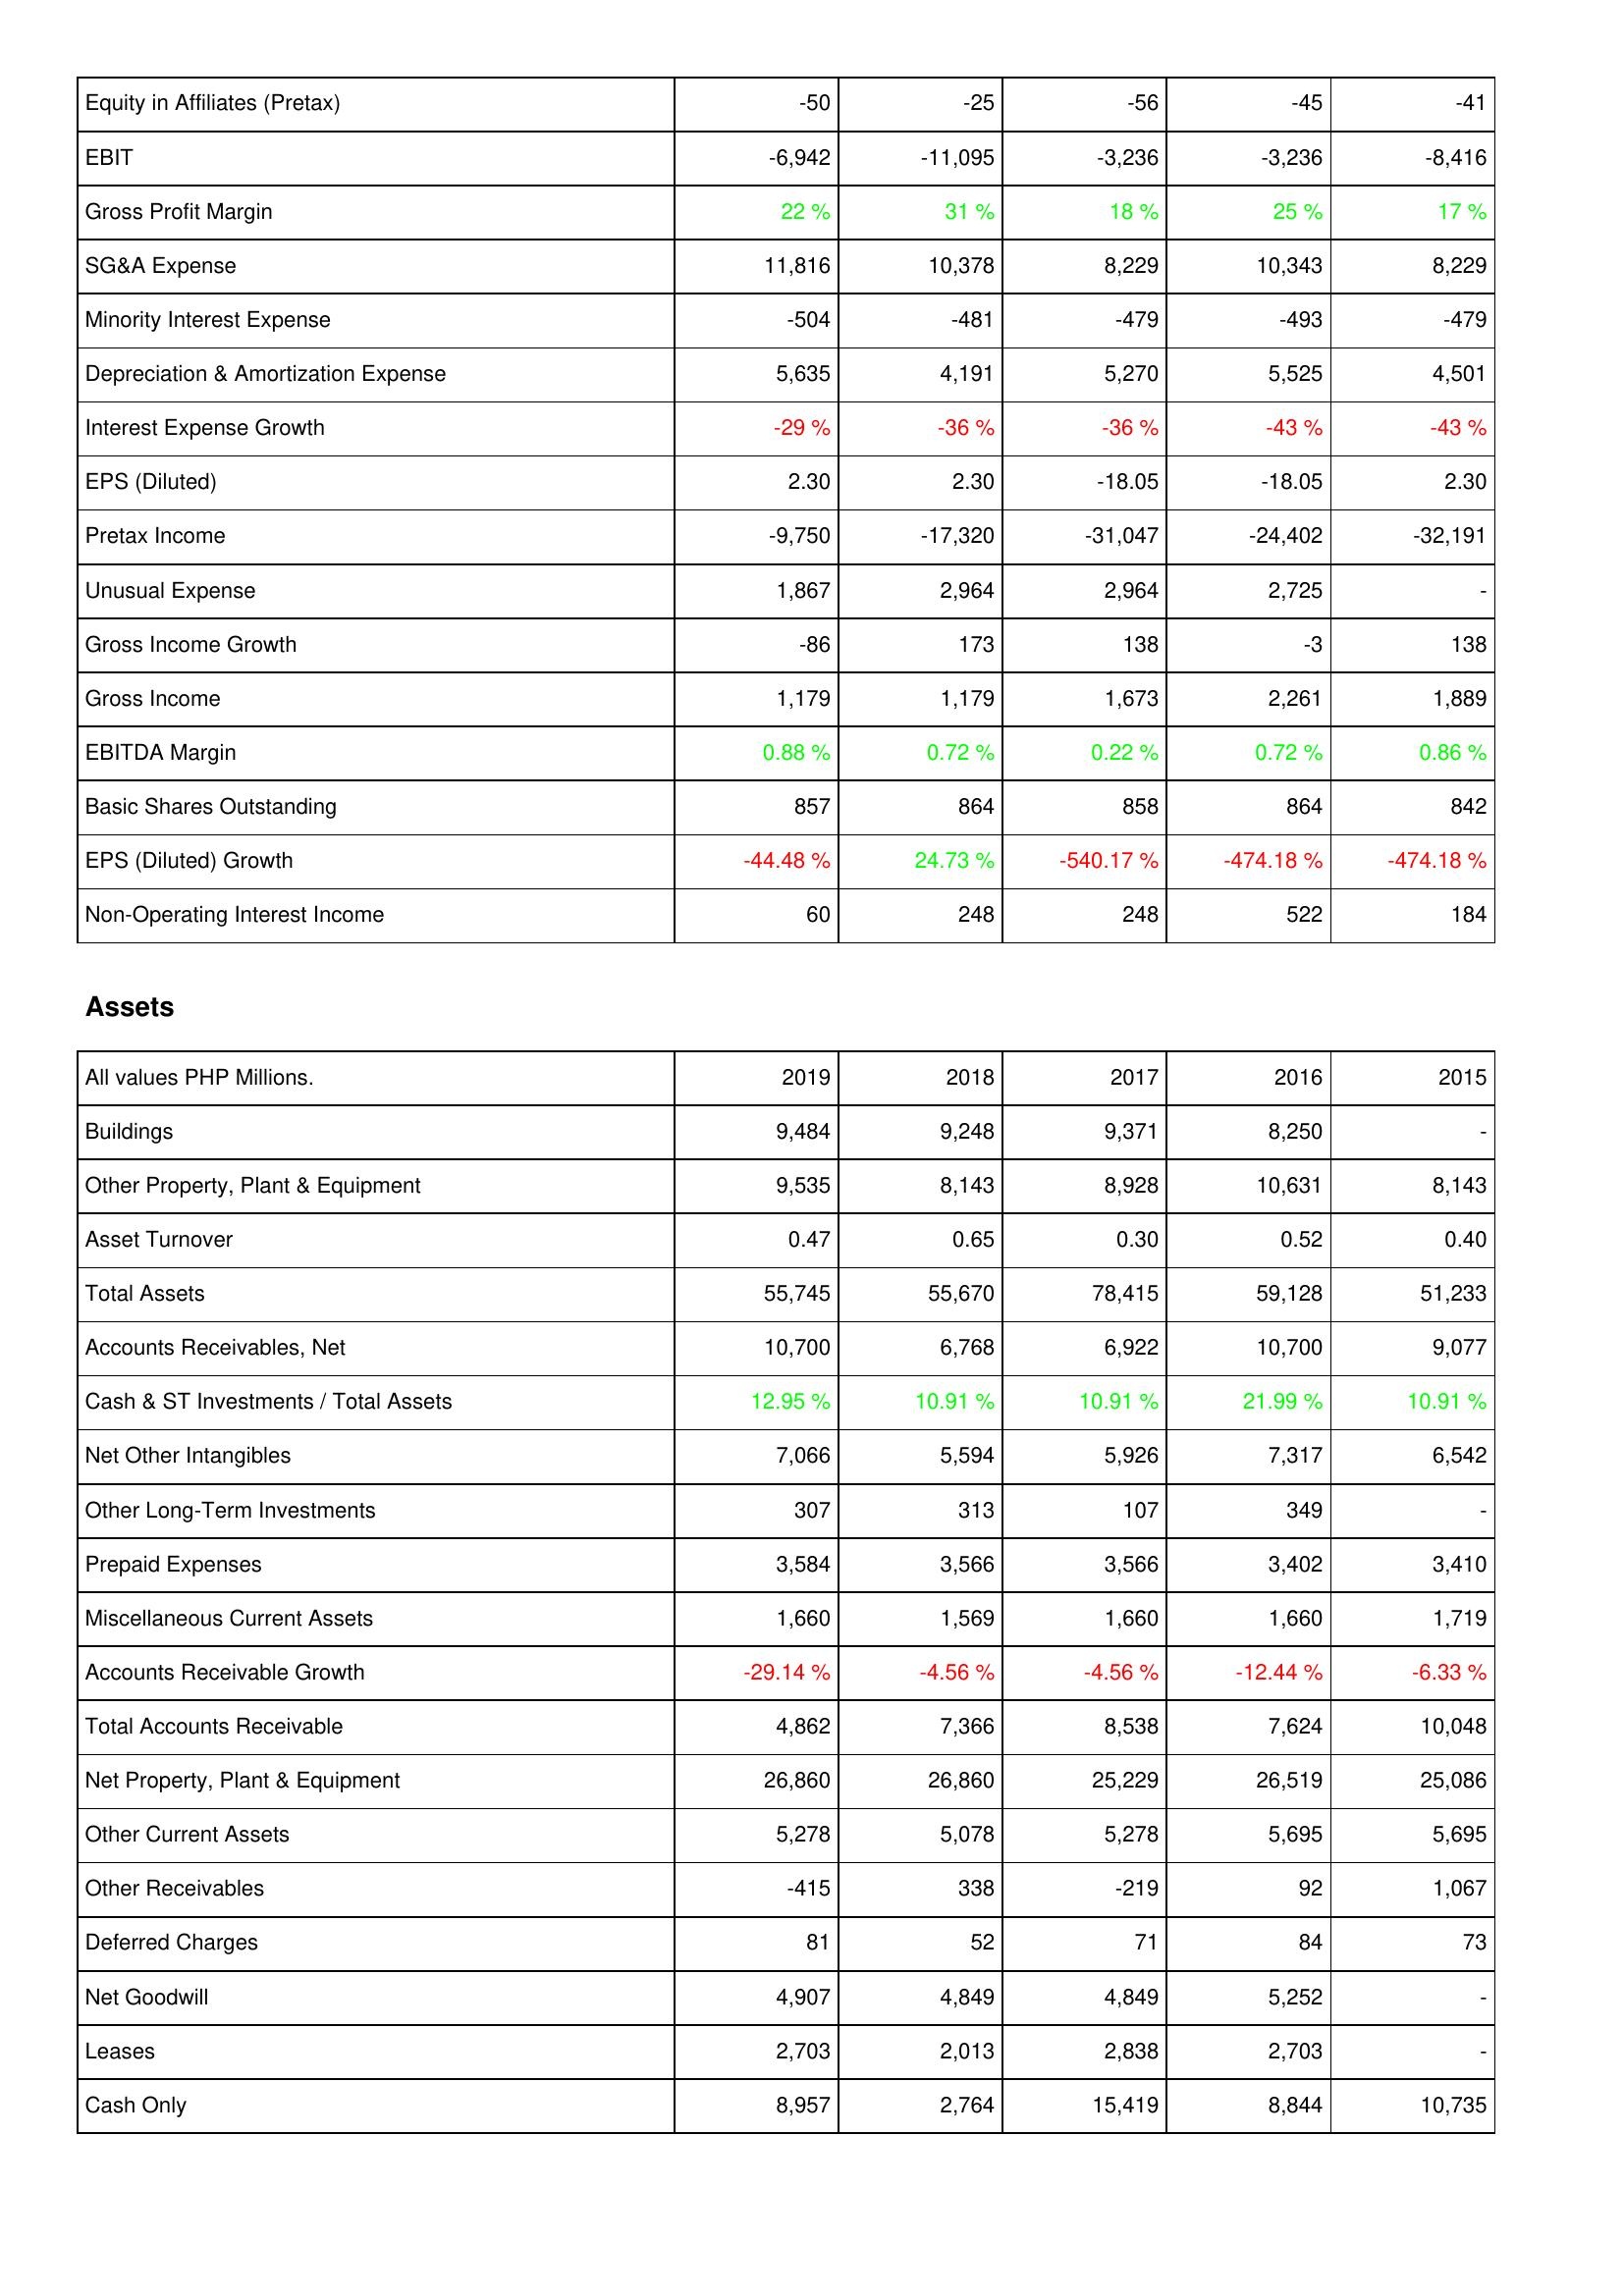
2019: Income Statement: Equity in Affiliates (Pretax): -50
EBIT: -6,942
Gross Profit Margin: 22 %
SG&A Expense: 11,816
Minority Interest Expense: -504
Depreciation & Amortization Expense: 5,635
Interest Expense Growth: -29 %
EPS (Diluted): 2.30
Pretax Income: -9,750
Unusual Expense: 1,867
Gross Income Growth: -86
Gross Income: 1,179
EBITDA Margin: 0.88 %
Basic Shares Outstanding: 857
EPS (Diluted) Growth: -44.48 %
Non-Operating Interest Income: 60
Assets: Buildings: 9,484
Other Property, Plant & Equipment: 9,535
Asset Turnover: 0.47
Total Assets: 55,745
Accounts Receivables, Net: 10,700
Cash & ST Investments / Total Assets: 12.95 %
Net Other Intangibles: 7,066
Other Long-Term Investments: 307
Prepaid Expenses: 3,584
Miscellaneous Current Assets: 1,660
Accounts Receivable Growth: -29.14 %
Total Accounts Receivable: 4,862
Net Property, Plant & Equipment: 26,860
Other Current Assets: 5,278
Other Receivables: -415
Deferred Charges: 81
Net Goodwill: 4,907
Leases: 2,703
Cash Only: 8,957
2018: Income Statement: Equity in Affiliates (Pretax): -25
EBIT: -11,095
Gross Profit Margin: 31 %
SG&A Expense: 10,378
Minority Interest Expense: -481
Depreciation & Amortization Expense: 4,191
Interest Expense Growth: -36 %
EPS (Diluted): 2.30
Pretax Income: -17,320
Unusual Expense: 2,964
Gross Income Growth: 173
Gross Income: 1,179
EBITDA Margin: 0.72 %
Basic Shares Outstanding: 864
EPS (Diluted) Growth: 24.73 %
Non-Operating Interest Income: 248
Assets: Buildings: 9,248
Other Property, Plant & Equipment: 8,143
Asset Turnover: 0.65
Total Assets: 55,670
Accounts Receivables, Net: 6,768
Cash & ST Investments / Total Assets: 10.91 %
Net Other Intangibles: 5,594
Other Long-Term Investments: 313
Prepaid Expenses: 3,566
Miscellaneous Current Assets: 1,569
Accounts Receivable Growth: -4.56 %
Total Accounts Receivable: 7,366
Net Property, Plant & Equipment: 26,860
Other Current Assets: 5,078
Other Receivables: 338
Deferred Charges: 52
Net Goodwill: 4,849
Leases: 2,013
Cash Only: 2,764
2017: Income Statement: Equity in Affiliates (Pretax): -56
EBIT: -3,236
Gross Profit Margin: 18 %
SG&A Expense: 8,229
Minority Interest Expense: -479
Depreciation & Amortization Expense: 5,270
Interest Expense Growth: -36 %
EPS (Diluted): -18.05
Pretax Income: -31,047
Unusual Expense: 2,964
Gross Income Growth: 138
Gross Income: 1,673
EBITDA Margin: 0.22 %
Basic Shares Outstanding: 858
EPS (Diluted) Growth: -540.17 %
Non-Operating Interest Income: 248
Assets: Buildings: 9,371
Other Property, Plant & Equipment: 8,928
Asset Turnover: 0.30
Total Assets: 78,415
Accounts Receivables, Net: 6,922
Cash & ST Investments / Total Assets: 10.91 %
Net Other Intangibles: 5,926
Other Long-Term Investments: 107
Prepaid Expenses: 3,566
Miscellaneous Current Assets: 1,660
Accounts Receivable Growth: -4.56 %
Total Accounts Receivable: 8,538
Net Property, Plant & Equipment: 25,229
Other Current Assets: 5,278
Other Receivables: -219
Deferred Charges: 71
Net Goodwill: 4,849
Leases: 2,838
Cash Only: 15,419
2016: Income Statement: Equity in Affiliates (Pretax): -45
EBIT: -3,236
Gross Profit Margin: 25 %
SG&A Expense: 10,343
Minority Interest Expense: -493
Depreciation & Amortization Expense: 5,525
Interest Expense Growth: -43 %
EPS (Diluted): -18.05
Pretax Income: -24,402
Unusual Expense: 2,725
Gross Income Growth: -3
Gross Income: 2,261
EBITDA Margin: 0.72 %
Basic Shares Outstanding: 864
EPS (Diluted) Growth: -474.18 %
Non-Operating Interest Income: 522
Assets: Buildings: 8,250
Other Property, Plant & Equipment: 10,631
Asset Turnover: 0.52
Total Assets: 59,128
Accounts Receivables, Net: 10,700
Cash & ST Investments / Total Assets: 21.99 %
Net Other Intangibles: 7,317
Other Long-Term Investments: 349
Prepaid Expenses: 3,402
Miscellaneous Current Assets: 1,660
Accounts Receivable Growth: -12.44 %
Total Accounts Receivable: 7,624
Net Property, Plant & Equipment: 26,519
Other Current Assets: 5,695
Other Receivables: 92
Deferred Charges: 84
Net Goodwill: 5,252
Leases: 2,703
Cash Only: 8,844
2015: Income Statement: Equity in Affiliates (Pretax): -41
EBIT: -8,416
Gross Profit Margin: 17 %
SG&A Expense: 8,229
Minority Interest Expense: -479
Depreciation & Amortization Expense: 4,501
Interest Expense Growth: -43 %
EPS (Diluted): 2.30
Pretax Income: -32,191
Unusual Expense: -
Gross Income Growth: 138
Gross Income: 1,889
EBITDA Margin: 0.86 %
Basic Shares Outstanding: 842
EPS (Diluted) Growth: -474.18 %
Non-Operating Interest Income: 184
Assets: Buildings: -
Other Property, Plant & Equipment: 8,143
Asset Turnover: 0.40
Total Assets: 51,233
Accounts Receivables, Net: 9,077
Cash & ST Investments / Total Assets: 10.91 %
Net Other Intangibles: 6,542
Other Long-Term Investments: -
Prepaid Expenses: 3,410
Miscellaneous Current Assets: 1,719
Accounts Receivable Growth: -6.33 %
Total Accounts Receivable: 10,048
Net Property, Plant & Equipment: 25,086
Other Current Assets: 5,695
Other Receivables: 1,067
Deferred Charges: 73
Net Goodwill: -
Leases: -
Cash Only: 10,735